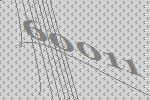
60011